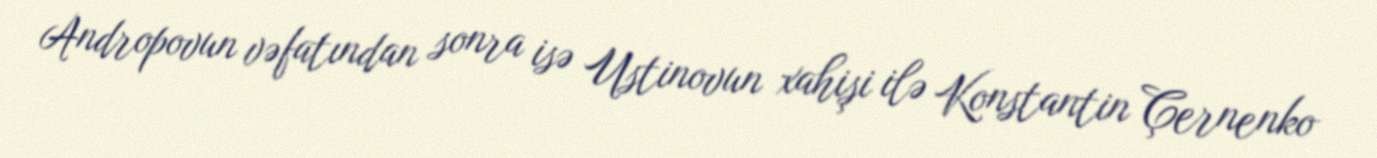
Andropovun vəfatından sonra isə Ustinovun xahişi ilə Konstantin Çernenko